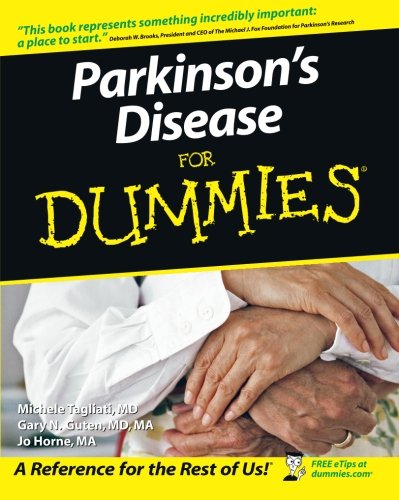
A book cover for Parkinson's Disease For Dummies; Michele Tagliati; Health, Fitness & Dieting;